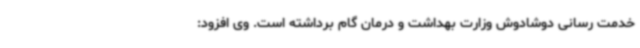
خدمت رسانی دوشادوش وزارت بهداشت و درمان گام برداشته است. وی افزود: